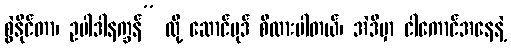
စွဲနိုင်တာ၊ ဥပါဒါနက္ခန်” လို့ ဆောင်ပုဒ် စီထားပါတယ်၊ အဲဒီမှာ ငါကောင်အနေနဲ့